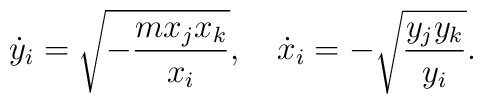
\dot y_i = \sqrt{ - {m x_j x_k \over x_i}}, \quad\dot x_i = - \sqrt{{y_j y_k \over y_i}}.